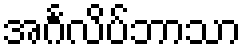
အင်္ဂလိပ်ဘာသာ